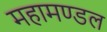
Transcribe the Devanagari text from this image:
महामण्‍डल